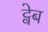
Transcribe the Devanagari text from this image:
ट्वेब